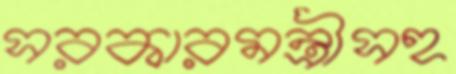
সরকারমন্ত্রীসহ